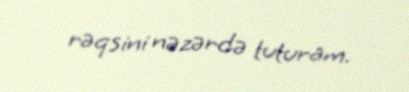
rəqsini nəzərdə tuturam.